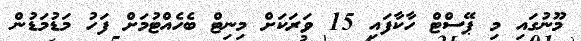
މޫނުގައި މި ޕޭސްޓް ހާކާފައި 15 ވަރަކަށް މިނިޓް ބެހެއްޓުމަށް ފަހު މަޑުމަޑުން